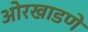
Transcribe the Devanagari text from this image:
ओरखाडणे